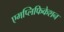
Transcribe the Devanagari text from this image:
एमप्लिफिकेशन